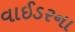
વાઈડરના